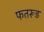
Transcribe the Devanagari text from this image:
फतरूड